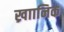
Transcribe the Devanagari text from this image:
ख्राानिक